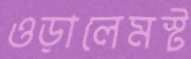
ওড়ালেমস্ট